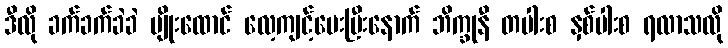
ဒီလို ခက်ခက်ခဲခဲ ပျိုးထောင် လေ့ကျင့်ပေးပြီးနောက် ဘိက္ခုနီ တပါးစ နှစ်ပါးစ ရလာသလို